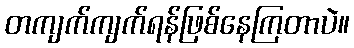
တကျက်ကျက်ရန်ဖြစ်နေကြတာပဲ။